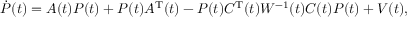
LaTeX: { \dot { P } } ( t ) = A ( t ) P ( t ) + P ( t ) A ^ { \mathrm { T } } ( t ) - P ( t ) C ^ { \mathrm { T } } ( t ) { \mathbf { } } W ^ { - 1 } ( t ) C ( t ) P ( t ) + V ( t ) ,